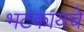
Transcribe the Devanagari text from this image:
भटकायचे